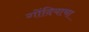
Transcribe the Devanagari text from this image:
गोंदियाचा